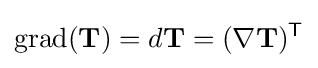
\operatorname {grad} (\mathbf {T} )=d\mathbf {T} =(\nabla \mathbf {T} )^{\textsf {T}}